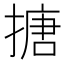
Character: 搪